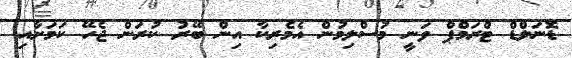
ޑޮނަލްޑް ޓްރަމްޕް ވަނީ މުސްލިމުން އެމެރިކާ އިން ބޭރު ކުރަން ޖެހޭ ކަމަށާއި